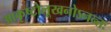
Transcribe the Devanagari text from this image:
आकृष्टोलूखनोऽनन्तः